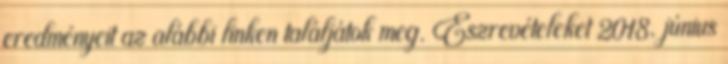
eredményeit az alábbi linken találjátok meg. Észrevételeket 2018. június